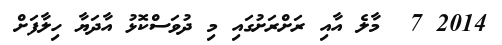
2014 7  މާލެ އާއި ރަށްރަށުގައި މި ދުވަސްކޮޅު އާދަޔާ ހިލާފަށް